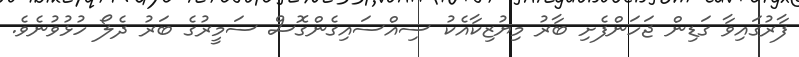
ފާރުގައިވާ ގަޑިން ޖަހަންފެށި ބާރު މިޔުޒިކާއެކު ސިއްސައިގެންގޮސް ސަމީރުގެ ބަރު ދެލޯ ހުޅުވުނެވެ.